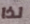
لذا